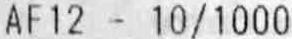
AF12 - 10/1000